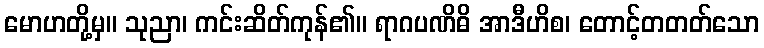
မောဟတို့မှ။ သုညာ၊ ကင်းဆိတ်ကုန်၏။ ရာဂပဏိဓိ အာဒီဟိစ၊ တောင့်တတတ်သော